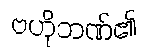
ဗဟိုဘဏ်၏